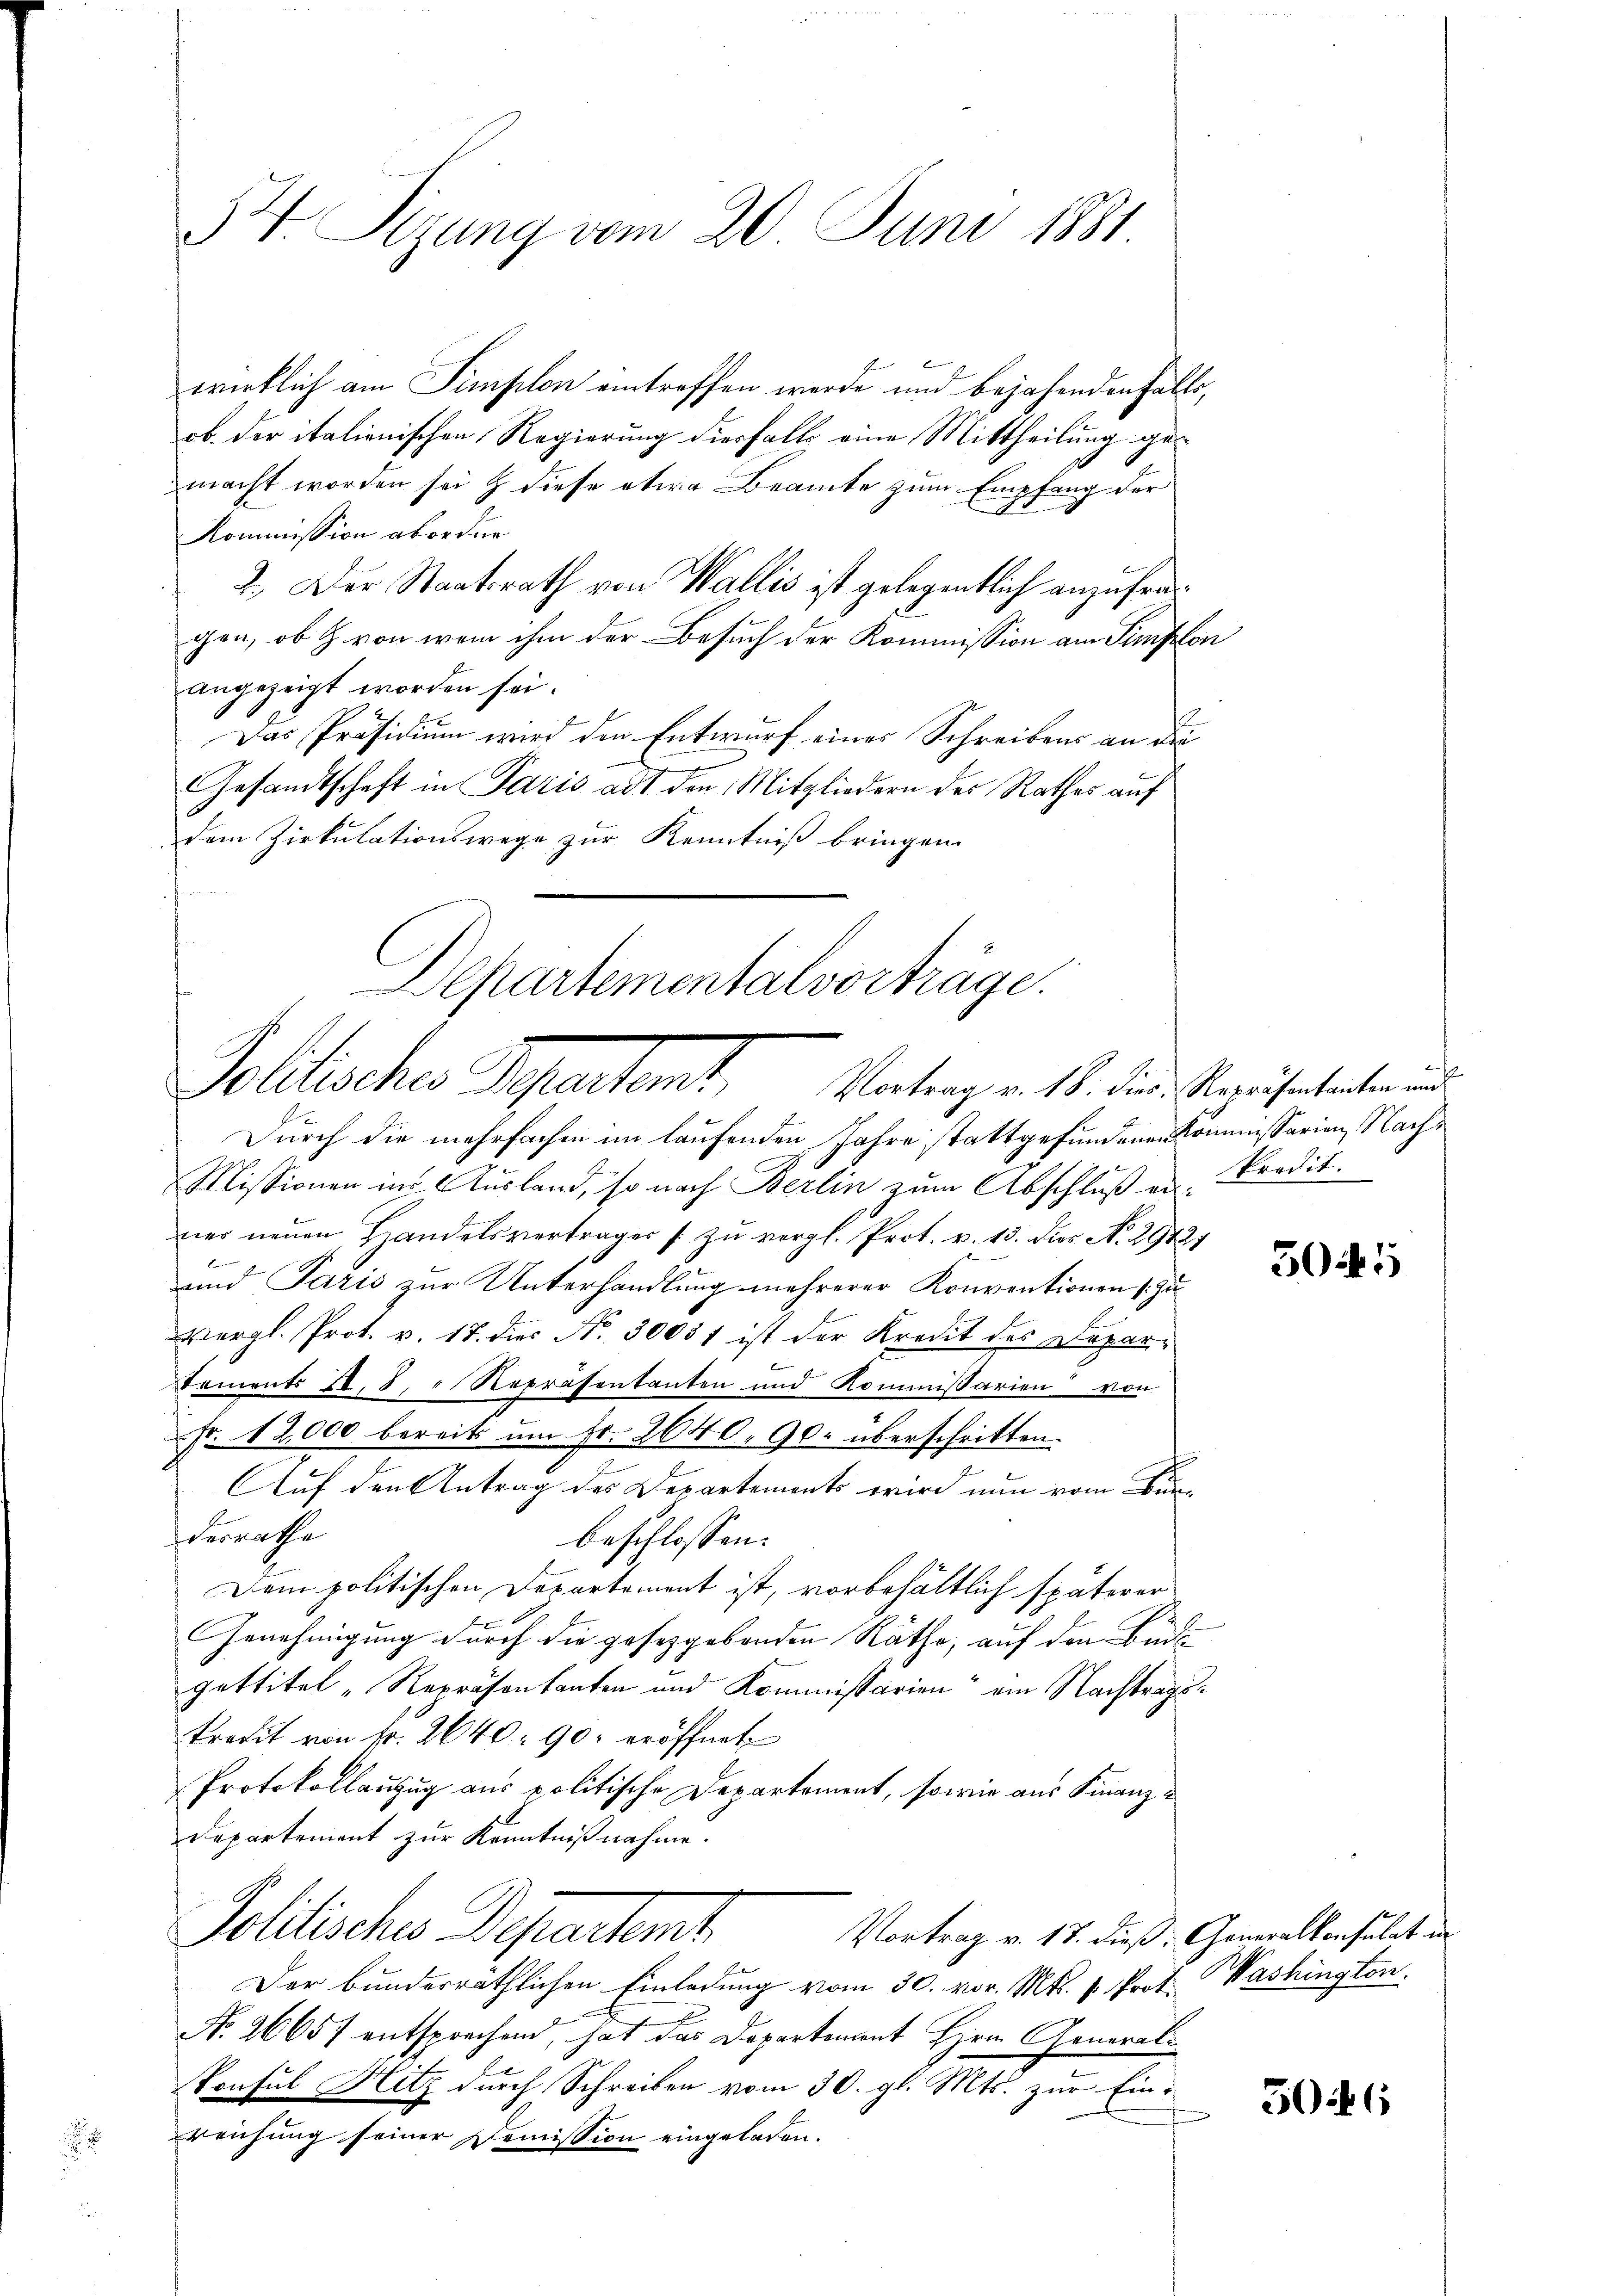
34. Sizung vom 20. Juni 1881

wirklich am Simplon eintreffen werde und bejahenden Falls,
ob. der italienischen Regierung diesfalls eine Mittheilung gemacht worden sei & diese etwa Beamte zum Empfang der
Kommission aborder
2.) Der Staatsrath von Wallis ist gelegentlich anzufragen, ob & von wem ihm der Besuch der Kommission am Simplon
angezeigt worden sei.
Das Präsidium wird den Entwurf eines Schreibens an die
Gesandtschaft in Paris adt den Mitgliedern des Rathes auf
dem Zirkulationswege zur Kenntniß bringen.
fen
Departementalvorträge.

Pollacher Separtens
Vortrag v. 18. dies Repräsentanten und

Durch die mehrfachen im laufenden Jahre stattgefundenen Kommissarien Nach¬
Missionen ins Ausland, so nach Berlin zum Abschluß er, Predit.
ner neuen Handelsverträger s. zŭ vergl. Prot. v. 13. Dies No 29427
und Paris zur Unterhandlung mehrerer Konventionen [zu
Vergl. Prot. v. 17. dies No. 30057 ist der Kredit des Depar¬
Stements I, 8. " Repräsentanten und Kommissarien von
Fr. 12,000 bereits um Fr. 2640 90. überschritten.
Auf den Antrag des Departements wird nun vom Bürdesrathe
beschlossen:
Dem politischen Departement ist, vorbehältlich späterer
Genehmigung durch die gesetzgebenden Räthe, auf den Buch
gettitel „Repräsentanten und Kommissarien ein Nachtragskredit von fr. 2640 90. eröffnet
Protokollauzug aus politische Departement, sowie aus Finanz¬
Departement zur Kenntnißnahme.
Politische Departamt,
Vortrag v. 17. dieß, Generalkonsulat in
Der bunderräthlichen Einladung vom 30. vor. Mts. v. Prof. Washington
No. 26657 entsprechend, hat das Departement Herrn Generali
konsul Hitz durch Schreiben vom 30. gl. Mts. zur Einreichung seiner Demission eingeladen.

305

5046